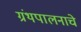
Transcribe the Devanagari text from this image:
ग्रंथपालनाचे